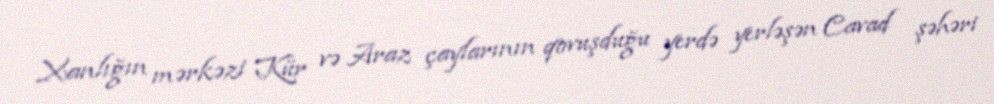
Xanlığın mərkəzi Kür və Araz çaylarının qovuşduğu yerdə yerləşən Cavad şəhəri